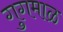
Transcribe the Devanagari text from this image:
गुगमाळ